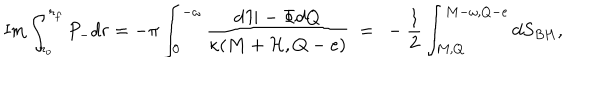
LaTeX: \mathrm { I m } \int _ { r _ { o } } ^ { r _ { f } } P _ { - } d r = - \pi \int _ { 0 } ^ { - \omega } { \frac { d { \cal H } - \Phi d Q } { \kappa ( M + { \cal H } , Q - e ) } } ~ = ~ - \frac { 1 } { 2 } \int _ { M , Q } ^ { M - \omega , Q - e } d S _ { B H } ,